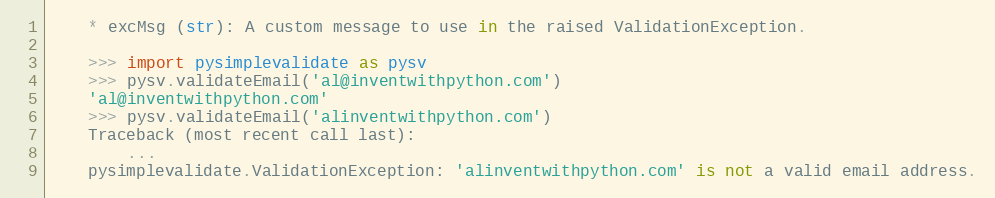
Language: Python
    * excMsg (str): A custom message to use in the raised ValidationException.

    >>> import pysimplevalidate as pysv
    >>> pysv.validateEmail('al@inventwithpython.com')
    'al@inventwithpython.com'
    >>> pysv.validateEmail('alinventwithpython.com')
    Traceback (most recent call last):
        ...
    pysimplevalidate.ValidationException: 'alinventwithpython.com' is not a valid email address.